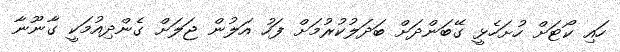
ހައި ކޯޓަށް ހުށަހެޅީ ގޭބަންދަށް ބަދަލުކުރުމަށް ފަހު އަލުން ޖަލަށް ގެންދިއުމަކީ ގާނޫނާ